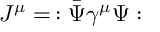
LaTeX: J ^ { \mu } = \, : { \bar { \Psi } } \gamma ^ { \mu } \Psi :